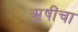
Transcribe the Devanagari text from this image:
ऋ़षींचा